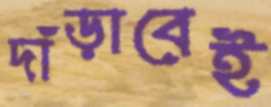
দাঁড়াবেই